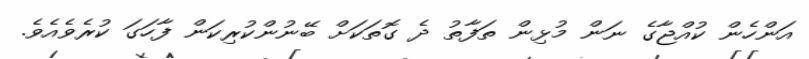
އަންހެން ކުއްޖާގެ ނަން މުޅިން ތަފާތު ދެ ގޮތަކަށް ބޭނުންކުރިކަން ފާހަގަ ކުރެވެއެވެ.